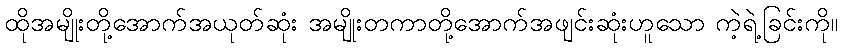
ထိုအမျိုးတို့အောက်အယုတ်ဆုံး အမျိုးတကာတို့အောက်အဖျင်းဆုံးဟူသော ကဲ့ရဲ့ခြင်းကို။